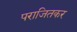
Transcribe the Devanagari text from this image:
पराजितकर